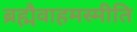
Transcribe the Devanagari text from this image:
ब्रह्मैवाहमस्मीति